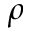
\rho